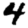
Digit: 4